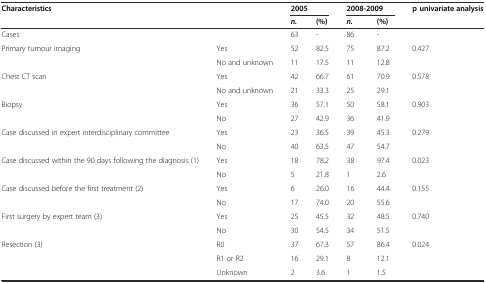
| Characteristics |  | <COLSPAN=2> 2005 | <COLSPAN=2> 2008-2009 | p univariate analysis |
 |  |  | n. | (%) | n. | (%) |  |
 | --- | --- | --- | --- | --- | --- | --- |
 | Cases |  | 63 | - | 86 | - |  |
 | <ROWSPAN=2> Primary tumour imaging | Yes | 52 | 82.5 | 75 | 87.2 | <ROWSPAN=2> 0.427 |
 | No and unknown | 11 | 17.5 | 11 | 12.8 |
 | <ROWSPAN=2> Chest CT scan | Yes | 42 | 66.7 | 61 | 70.9 | <ROWSPAN=2> 0.578 |
 | No and unknown | 21 | 33.3 | 25 | 29.1 |
 | <ROWSPAN=2> Biopsy | Yes | 36 | 57.1 | 50 | 58.1 | 0.903 |
 | No | 27 | 42.9 | 36 | 41.9 |  |
 | <ROWSPAN=2> Case discussed in expert interdisciplinary committee | Yes | 23 | 36.5 | 39 | 45.3 | 0.279 |
 | No | 40 | 63.5 | 47 | 54.7 |  |
 | <ROWSPAN=2> Case discussed within the 90 days following the diagnosis (1) | Yes | 18 | 78.2 | 38 | 97.4 | 0.023 |
 | No | 5 | 21.8 | 1 | 2.6 |  |
 | Case discussed before the first treatment (2) | Yes | 6 | 26.0 | 16 | 44.4 | 0.155 |
 |  | No | 17 | 74.0 | 20 | 55.6 |  |
 | <ROWSPAN=2> First surgery by expert team (3) | Yes | 25 | 45.5 | 32 | 48.5 | 0.740 |
 | No | 30 | 54.5 | 34 | 51.5 |  |
 | Resection (3) | R0 | 37 | 67.3 | 57 | 86.4 | 0.024 |
 | <ROWSPAN=2>  | R1 or R2 | 16 | 29.1 | 8 | 12.1 |  |
 | Unknown | 2 | 3.6 | 1 | 1.5 |  |